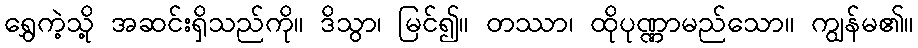
ရွှေကဲ့သို့ အဆင်းရှိသည်ကို။ ဒိသွာ၊ မြင်၍။ တဿာ၊ ထိုပုဏ္ဏာမည်သော။ ကျွန်မ၏။